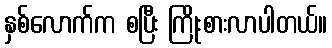
နှစ်လောက်က စပြီး ကြိုးစားလာပါတယ်။